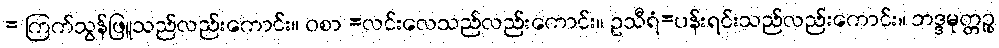
= ကြက်သွန်ဖြူသည်လည်းကောင်း။ ဝစာ =လင်းလေသည်လည်းကောင်း။ ဥသီရံ=ပန်းရင်းသည်လည်းကောင်း။ ဘဒ္ဒမုတ္တဉ္စ